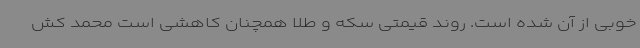
خوبی از آن شده است. روند قیمتی سکه و طلا همچنان کاهشی است محمد کش